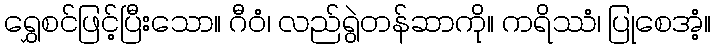
ရွှေစင်ဖြင့်ပြီးသော။ ဂီဝံ၊ လည်ရွဲတန်ဆာကို။ ကရိဿံ၊ ပြုစေအံ့။